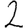
Digit: 2